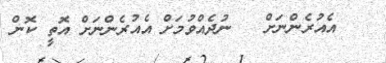
އެއުރެންނަށް   ނުދެއްވުމަށް އެއުރެންނަށް އޮތީ ކޮން